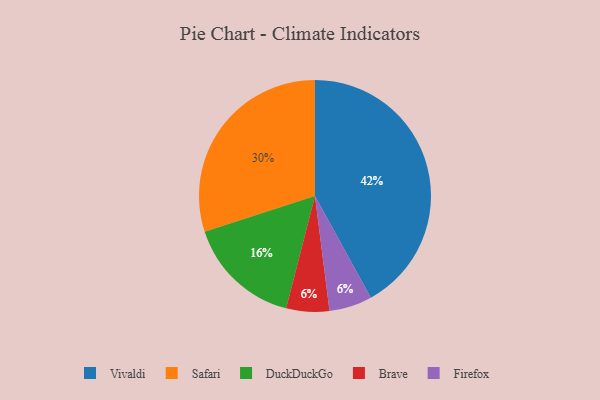
{"axis": {"x": "Category", "y": "Percentage"}, "legend": ["Brave", "DuckDuckGo", "Firefox", "Safari", "Vivaldi"], "data": [{"x": "Vivaldi", "y": 42, "type": "Vivaldi"}, {"x": "Brave", "y": 6, "type": "Brave"}, {"x": "DuckDuckGo", "y": 16, "type": "DuckDuckGo"}, {"x": "Safari", "y": 30, "type": "Safari"}, {"x": "Firefox", "y": 6, "type": "Firefox"}]}